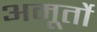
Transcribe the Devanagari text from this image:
अमूर्तो